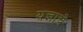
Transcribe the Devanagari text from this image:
य़ज्ञाचे